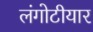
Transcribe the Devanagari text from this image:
लंगोटीयार